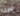
لدينا